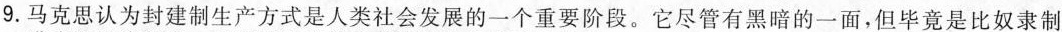
9.马克思认为封建制生产方式是人类社会发展的一个重要阶段。它尽管有黑暗的一面，但毕竟是比奴隶制